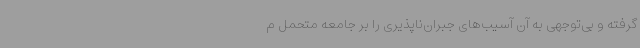
گرفته و بی‌توجهی به آن آسیب‌های جبران‌ناپذیری را بر جامعه متحمل م